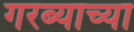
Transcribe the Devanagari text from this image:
गरब्याच्या